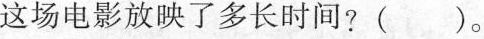
这场电影放映了多长时间?()。